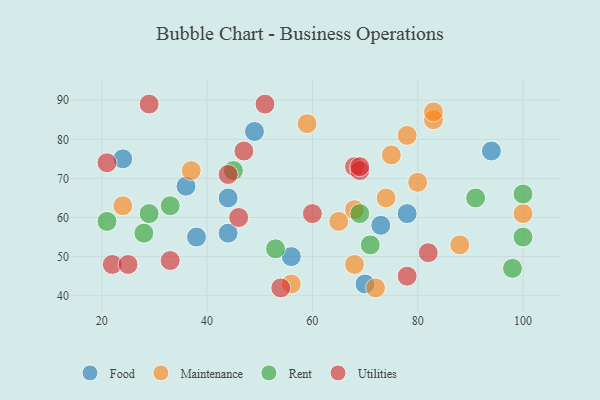
{"axis": {"x": "GDP", "y": "Life Expectancy"}, "legend": ["Food", "Maintenance", "Rent", "Utilities"], "data": [{"x": "36", "y": 68, "type": "Food"}, {"x": "70", "y": 43, "type": "Food"}, {"x": "24", "y": 75, "type": "Food"}, {"x": "44", "y": 65, "type": "Food"}, {"x": "94", "y": 77, "type": "Food"}, {"x": "49", "y": 82, "type": "Food"}, {"x": "73", "y": 58, "type": "Food"}, {"x": "38", "y": 55, "type": "Food"}, {"x": "56", "y": 50, "type": "Food"}, {"x": "78", "y": 61, "type": "Food"}, {"x": "44", "y": 56, "type": "Food"}, {"x": "80", "y": 69, "type": "Maintenance"}, {"x": "83", "y": 85, "type": "Maintenance"}, {"x": "68", "y": 48, "type": "Maintenance"}, {"x": "78", "y": 81, "type": "Maintenance"}, {"x": "83", "y": 87, "type": "Maintenance"}, {"x": "24", "y": 63, "type": "Maintenance"}, {"x": "75", "y": 76, "type": "Maintenance"}, {"x": "88", "y": 53, "type": "Maintenance"}, {"x": "72", "y": 42, "type": "Maintenance"}, {"x": "100", "y": 61, "type": "Maintenance"}, {"x": "59", "y": 84, "type": "Maintenance"}, {"x": "37", "y": 72, "type": "Maintenance"}, {"x": "65", "y": 59, "type": "Maintenance"}, {"x": "56", "y": 43, "type": "Maintenance"}, {"x": "74", "y": 65, "type": "Maintenance"}, {"x": "68", "y": 62, "type": "Maintenance"}, {"x": "33", "y": 63, "type": "Rent"}, {"x": "29", "y": 61, "type": "Rent"}, {"x": "53", "y": 52, "type": "Rent"}, {"x": "69", "y": 61, "type": "Rent"}, {"x": "100", "y": 55, "type": "Rent"}, {"x": "91", "y": 65, "type": "Rent"}, {"x": "98", "y": 47, "type": "Rent"}, {"x": "71", "y": 53, "type": "Rent"}, {"x": "45", "y": 72, "type": "Rent"}, {"x": "21", "y": 59, "type": "Rent"}, {"x": "28", "y": 56, "type": "Rent"}, {"x": "100", "y": 66, "type": "Rent"}, {"x": "68", "y": 73, "type": "Utilities"}, {"x": "46", "y": 60, "type": "Utilities"}, {"x": "69", "y": 72, "type": "Utilities"}, {"x": "22", "y": 48, "type": "Utilities"}, {"x": "69", "y": 73, "type": "Utilities"}, {"x": "47", "y": 77, "type": "Utilities"}, {"x": "25", "y": 48, "type": "Utilities"}, {"x": "51", "y": 89, "type": "Utilities"}, {"x": "60", "y": 61, "type": "Utilities"}, {"x": "78", "y": 45, "type": "Utilities"}, {"x": "33", "y": 49, "type": "Utilities"}, {"x": "29", "y": 89, "type": "Utilities"}, {"x": "82", "y": 51, "type": "Utilities"}, {"x": "21", "y": 74, "type": "Utilities"}, {"x": "54", "y": 42, "type": "Utilities"}, {"x": "44", "y": 71, "type": "Utilities"}]}